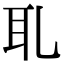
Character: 耴